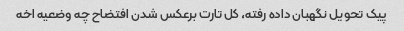
پیک تحویل نگهبان داده رفته، کل تارت برعکس شدن افتضاح چه وضعیه اخه